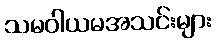
သမဝါယမအသင်းများ